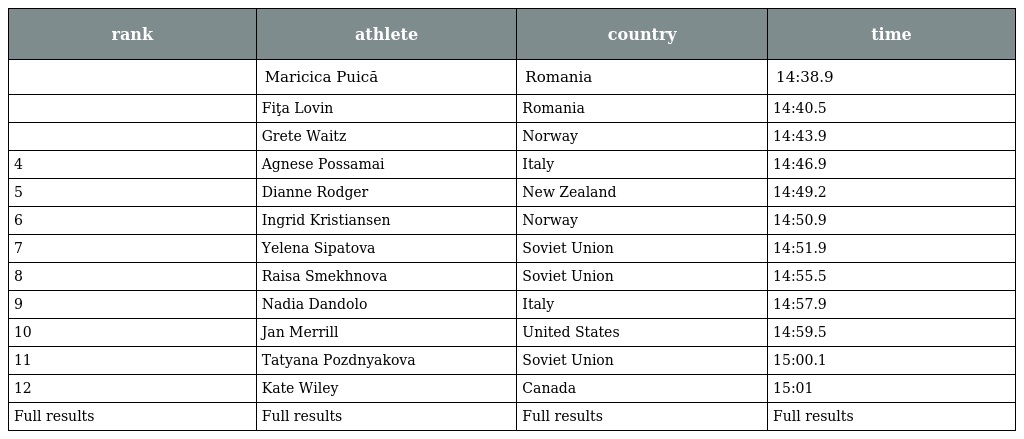
| rank | athlete | country | time |
 | --- | --- | --- | --- |
 |  | Maricica Puică | Romania | 14:38.9 |
 |  | Fiţa Lovin | Romania | 14:40.5 |
 |  | Grete Waitz | Norway | 14:43.9 |
 | 4 | Agnese Possamai | Italy | 14:46.9 |
 | 5 | Dianne Rodger | New Zealand | 14:49.2 |
 | 6 | Ingrid Kristiansen | Norway | 14:50.9 |
 | 7 | Yelena Sipatova | Soviet Union | 14:51.9 |
 | 8 | Raisa Smekhnova | Soviet Union | 14:55.5 |
 | 9 | Nadia Dandolo | Italy | 14:57.9 |
 | 10 | Jan Merrill | United States | 14:59.5 |
 | 11 | Tatyana Pozdnyakova | Soviet Union | 15:00.1 |
 | 12 | Kate Wiley | Canada | 15:01 |
 | Full results | Full results | Full results | Full results |